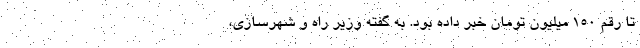
تا رقم ۱۵۰ میلیون تومان خبر داده بود. به گفته وزیر راه و شهرسازی،